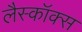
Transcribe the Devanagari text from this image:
लैस्कॉक्स